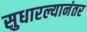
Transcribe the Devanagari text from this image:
सुधारल्यानंतर